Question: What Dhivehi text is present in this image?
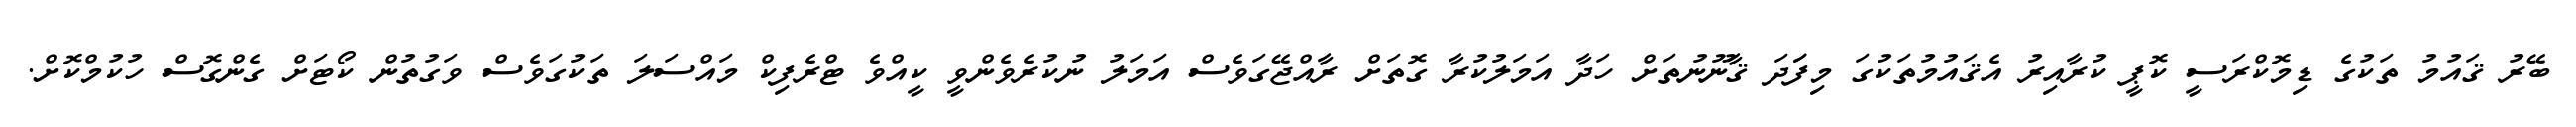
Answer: ބޭރު ޤައުމު ތަކުގެ ޑިމޮކްރަސީ ކޮޕީ ކުރާއިރު އެޤައުމުތަކުގަ މިފަަދަ ޤާނޫނުތަށް ހަދާ އަމަލުކުރާ ގޮތަށް ރާއްޖޭގަވެސް އަމަލު ނުކުރެވެންވީ ކީއްވެ ޓްރެފިކް މައްސަލަ ތަކުގަވެސް ވަގުތުން ކޯޓަށް ގެންގޮސް ހުކުމްކޮށް.